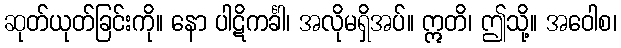
ဆုတ်ယုတ်ခြင်းကို။ နော ပါဋိကင်္ခါ၊ အလိုမရှိအပ်။ ဣတိ၊ ဤသို့။ အဝေါစ၊